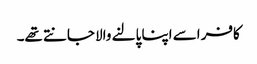
کافر اسے اپنا پالنے والا جانتے تھے۔